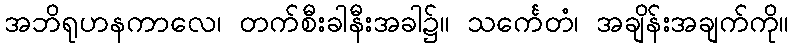
အဘိရုဟနကာလေ၊ တက်စီးခါနီးအခါ၌။ သင်္ကေတံ၊ အချိန်းအချက်ကို။